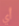
أي